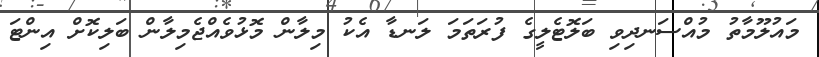
މައުލޫމާތު މުއްސަނދިވި ބަލޮޓެލީގެ ފުރަތަމަ ލަނޑާ އެކު މިލާން މޮޅުވެއްޖެމިލާން ބަލިކޮށް އިންޓަ